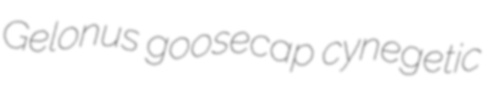
Gelonus goosecap cynegetic